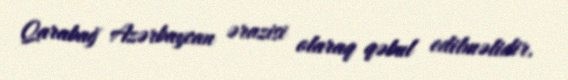
Qarabağ Azərbaycan ərazisi olaraq qəbul edilməlidir.